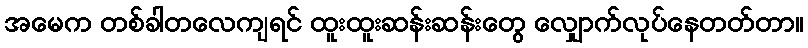
အမေက တစ်ခါတလေကျရင် ထူးထူးဆန်းဆန်းတွေ လျှောက်လုပ်နေတတ်တာ။